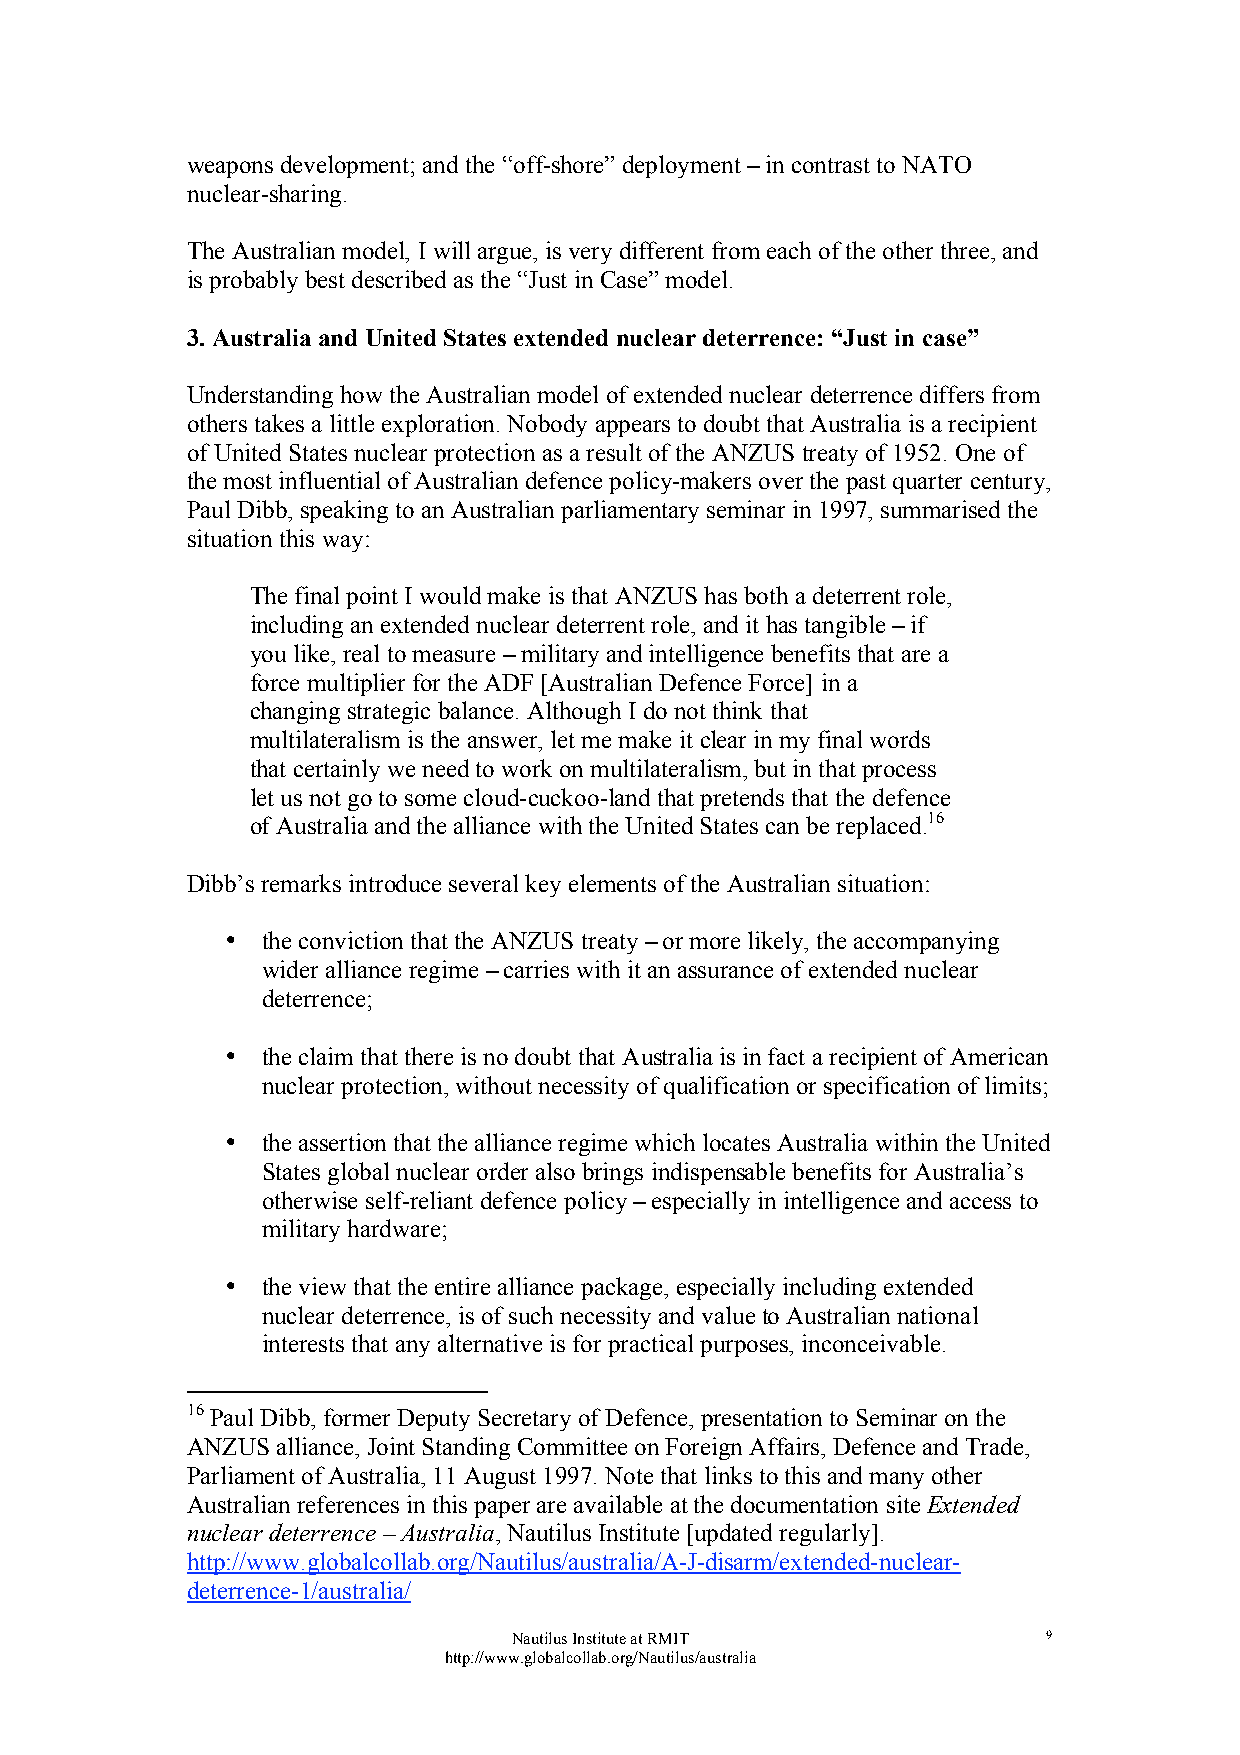
weapons development; and the “off-shore” deployment – in contrast to NATO
 nuclear-sharing.
 The Australian model, I will argue, is very different from each of the other three, and
 is probably best described as the “Just in Case” model.
 3. Australia and United States extended nuclear deterrence: “Just in case”
 Understanding how the Australian model of extended nuclear deterrence differs from
 others takes a little exploration. Nobody appears to doubt that Australia is a recipient
 of United States nuclear protection as a result of the ANZUS treaty of 1952. One of
 the most influential of Australian defence policy-makers over the past quarter century,
 Paul Dibb, speaking to an Australian parliamentary seminar in 1997, summarised the
 situation this way:
 The final point I would make is that ANZUS has both a deterrent role,
 including an extended nuclear deterrent role, and it has tangible – if
 you like, real to measure – military and intelligence benefits that are a
 force multiplier for the ADF [Australian Defence Force] in a
 changing strategic balance. Although I do not think that
 multilateralism is the answer, let me make it clear in my final words
 that certainly we need to work on multilateralism, but in that process
 let us not go to some cloud-cuckoo-land that pretends that the defence
 of Australia and the alliance with the United States can be replaced.16
 Dibb’s remarks introduce several key elements of the Australian situation:
 • the conviction that the ANZUS treaty – or more likely, the accompanying
 wider alliance regime – carries with it an assurance of extended nuclear
 deterrence;
 • the claim that there is no doubt that Australia is in fact a recipient of American
 nuclear protection, without necessity of qualification or specification of limits;
 • the assertion that the alliance regime which locates Australia within the United
 States global nuclear order also brings indispensable benefits for Australia’s
 otherwise self-reliant defence policy – especially in intelligence and access to
 military hardware;
 • the view that the entire alliance package, especially including extended
 nuclear deterrence, is of such necessity and value to Australian national
 interests that any alternative is for practical purposes, inconceivable.
 16 Paul Dibb, former Deputy Secretary of Defence, presentation to Seminar on the
 ANZUS alliance, Joint Standing Committee on Foreign Affairs, Defence and Trade,
 Parliament of Australia, 11 August 1997. Note that links to this and many other
 Australian references in this paper are available at the documentation site Extended
 nuclear deterrence – Australia, Nautilus Institute [updated regularly].
 http://www.globalcollab.org/Nautilus/australia/A-J-disarm/extended-nuclear-
 deterrence-1/australia/
 Nautilus Institute at RMIT         9
 http://www.globalcollab.org/Nautilus/australia